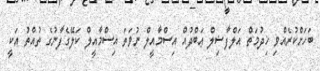
ބަހަށްކުރެއްވި ޚިދުމަތް އަލްފާޟިލް ޢަބްދުއް އިސްމާއީލް ނުވަތަ އިސްމާއީލް ކަލޭގެފާނުގެ ތުއްތު އަކީ